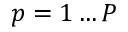
p = 1 \hdots P